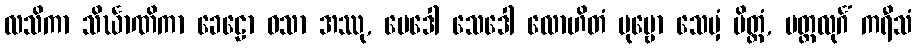
လသိကာ သိင်္ဃာဏိကာ ခေဠော ဝသာ အဿု, မေဒေါ သေဒေါ လောဟိတံ ပုဗ္ဗော သေမှံ ပိတ္တံ, မတ္ထလုင်္ဂံ ကရီသံ